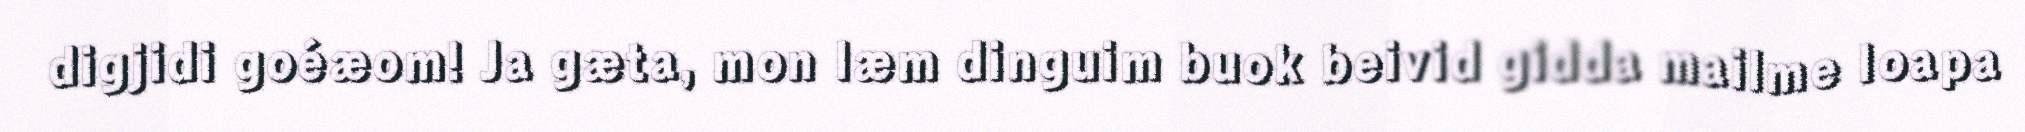
digjidi goéæom! Ja gæta, mon læm dinguim buok beivid gidda mailme loapa